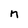
Character: n